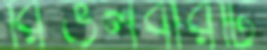
রিভলবারটি